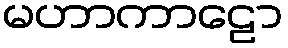
မဟာကာဠော